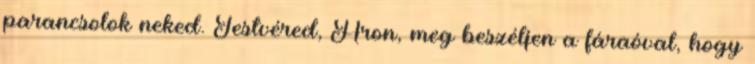
parancsolok neked. Testvéred, Áron, meg beszéljen a fáraóval, hogy